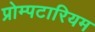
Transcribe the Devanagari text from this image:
प्रोम्पटारियम